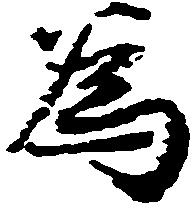
為